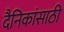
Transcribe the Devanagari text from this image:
दैनिकांसाठी